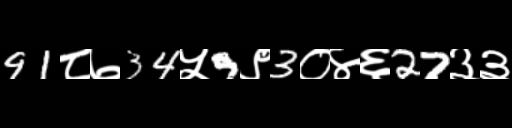
Text: 91८७34५9९3०४६27३३